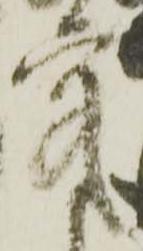
究